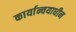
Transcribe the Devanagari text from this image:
कार्यान्वयाधीन